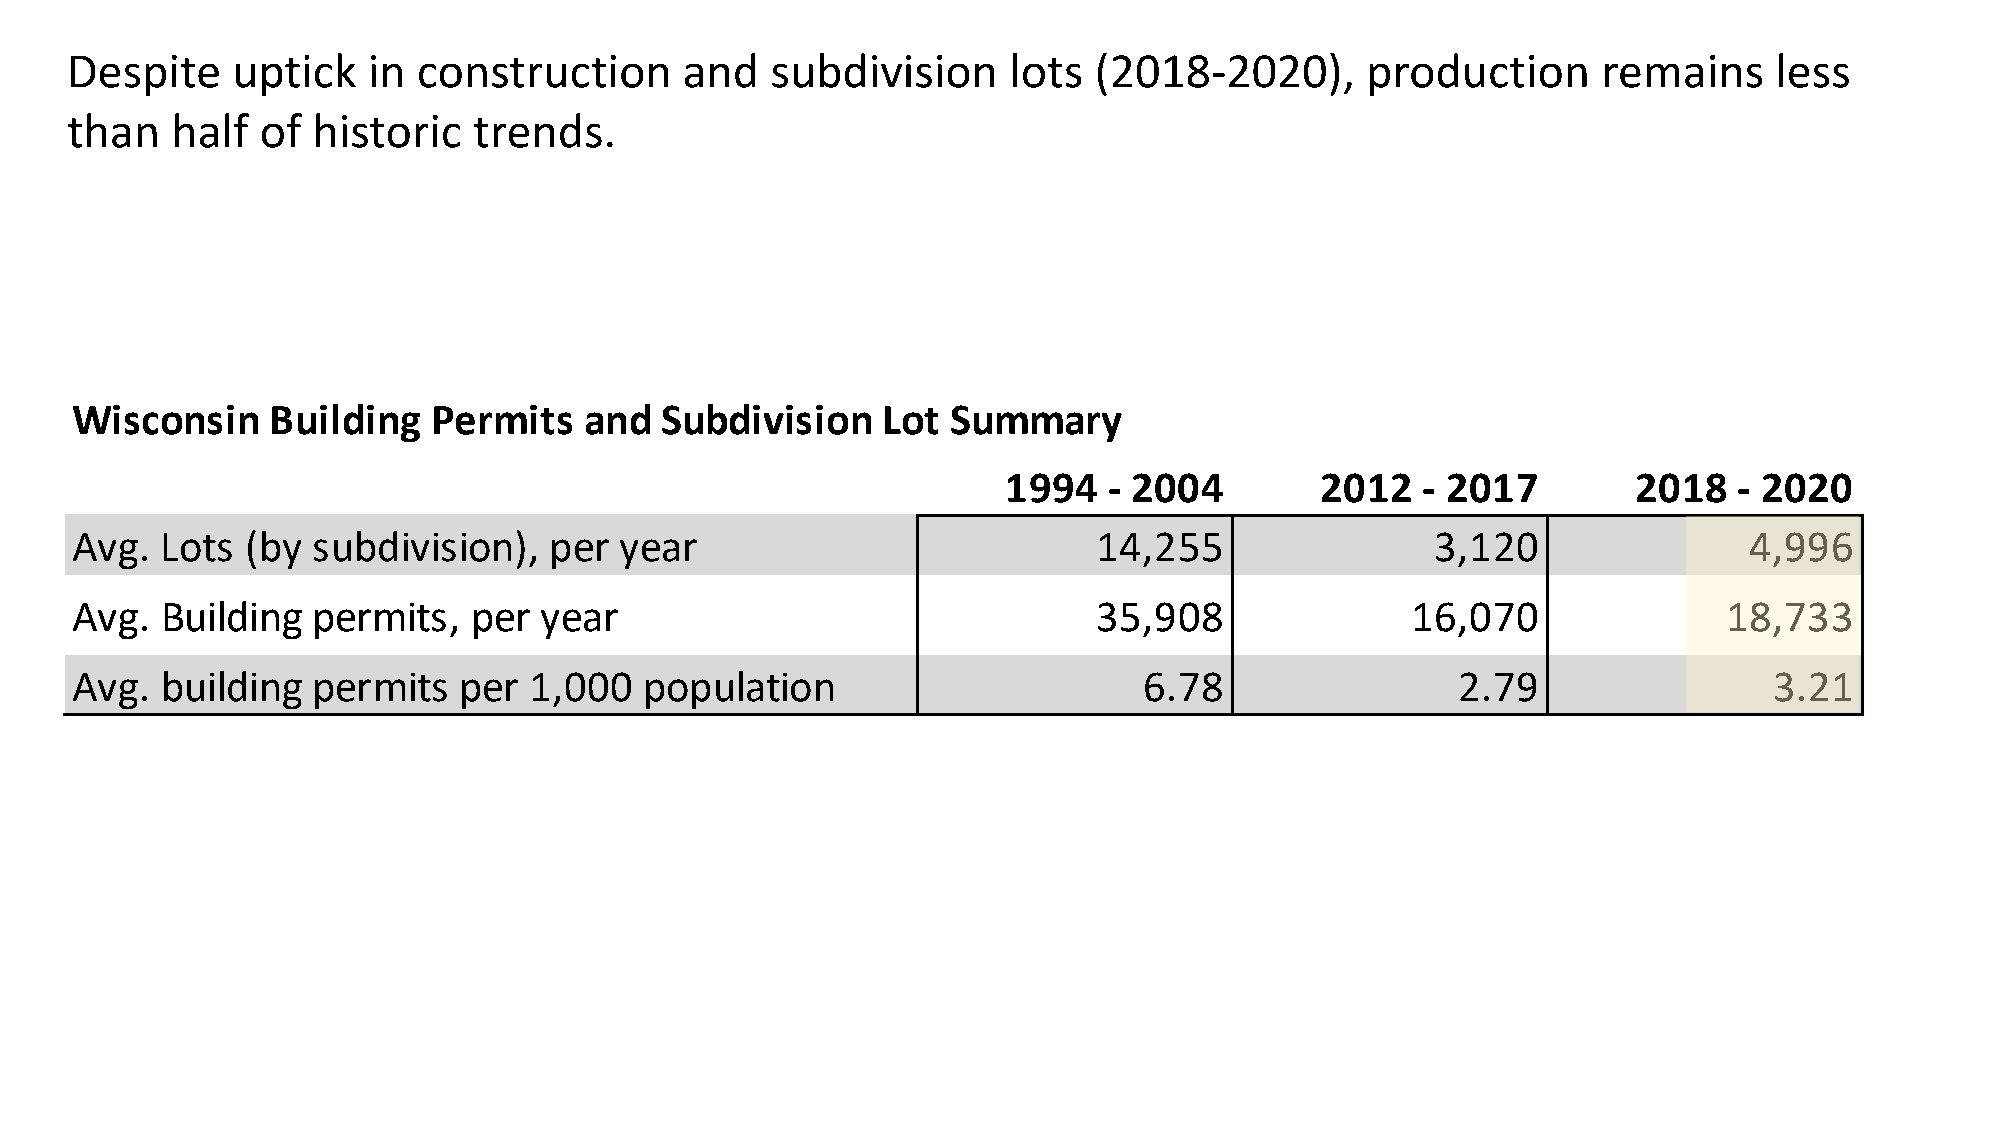
Despite    uptick   in  construction     and   subdivision     lots (2018-2020),      production      remains    less
 than   half  of  historic  trends.
 Wisconsin    Building   Permits   and  Subdivision   Lot  Summary
 1994  - 2004        2012   - 2017        2018   - 2020
 Avg.  Lots (by  subdivision),  per  year                            14,255                3,120                4,996
 Avg.  Building  permits,  per  year                                 35,908              16,070               18,733
 Avg.  building  permits  per  1,000   population                       6.78                2.79                 3.21